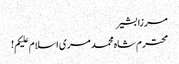
مرزا بشیر
محترم شاہ محمد مری اسلام علیکم!